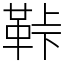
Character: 鞐